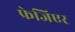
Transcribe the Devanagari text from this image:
फ्रेजिएर